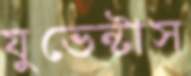
যুভেন্টাস